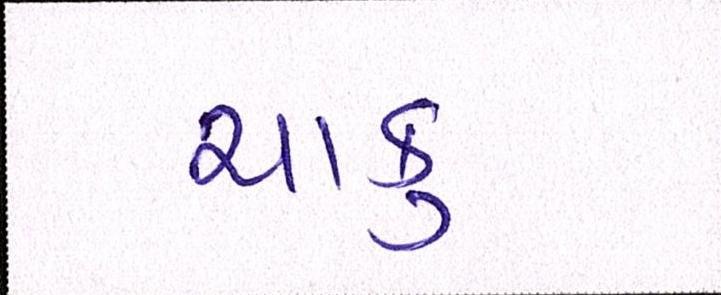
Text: ચાકુ